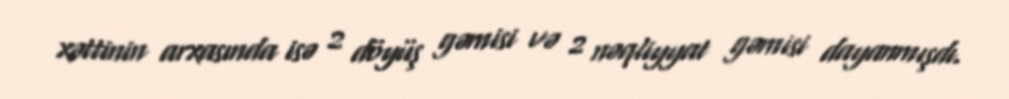
xəttinin arxasında isə 2 döyüş gəmisi və 2 nəqliyyat gəmisi dayanmışdı.